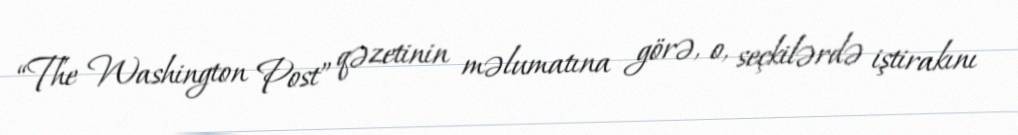
“The Washington Post” qəzetinin məlumatına görə, o, seçkilərdə iştirakını